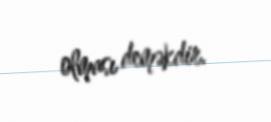
olması deməkdir.